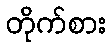
တိုက်စား